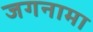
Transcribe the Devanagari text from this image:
जगनामा